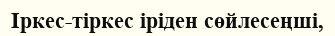
Іркес-тіркес іріден сөйлесеңші,